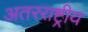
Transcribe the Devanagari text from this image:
अतरराष्ट्रीय